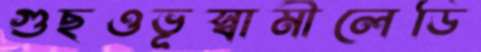
গুছওভূস্বামীলেডি